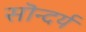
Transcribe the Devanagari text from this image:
सॊन्दर्य